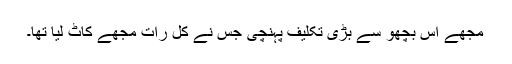
مجھے اس بچھو سے بڑی تکلیف پہنچی جس نے کل رات مجھے کاٹ لیا تھا۔